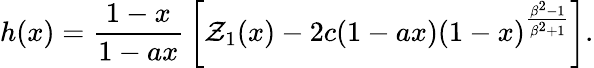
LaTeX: h(x)={\frac{1-x}{1-ax}}\left[{\cal Z}_{1}(x)-2c(1-ax)(1-x)^{\frac{\beta^{2}-1}{\beta^{2}+1}}\right].